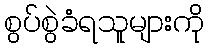
စွပ်စွဲခံရသူများကို